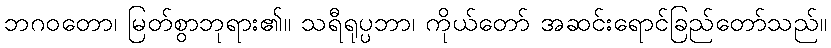
ဘဂဝတော၊ မြတ်စွာဘုရား၏။ သရီရုပ္ပဘာ၊ ကိုယ်တော် အဆင်းရောင်ခြည်တော်သည်။